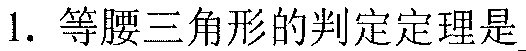
1. 等腰三角形的判定定理是